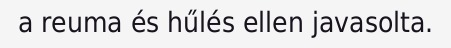
a reuma és hűlés ellen javasolta.